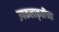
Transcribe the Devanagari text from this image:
उपकलाकृतींच्या